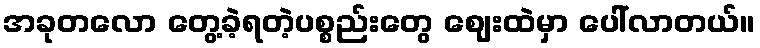
အခုတလော တွေ့ခဲ့ရတဲ့ပစ္စည်းတွေ ဈေးထဲမှာ ပေါ်လာတယ်။